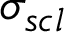
\sigma _ { s c l }